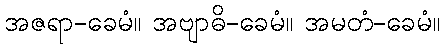
အဇရာ-ခေမံ။ အဗျာဓိ-ခေမံ။ အမတံ-ခေမံ။